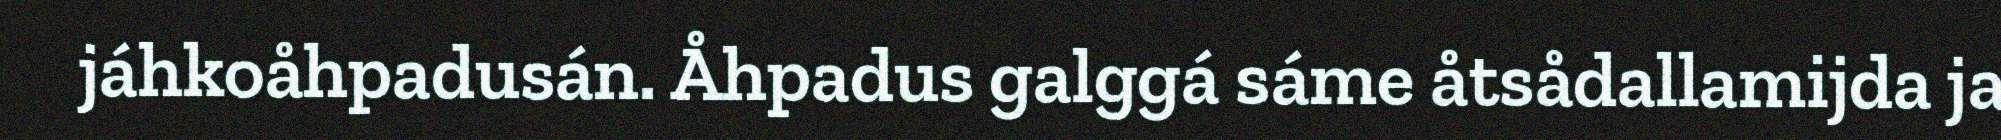
jáhkoåhpadusán. Åhpadus galggá sáme åtsådallamijda ja